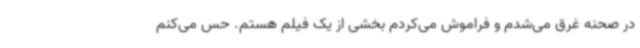
در صحنه غرق می‌شدم و فراموش می‌کردم بخشی از یک فیلم هستم. حس می‌کنم